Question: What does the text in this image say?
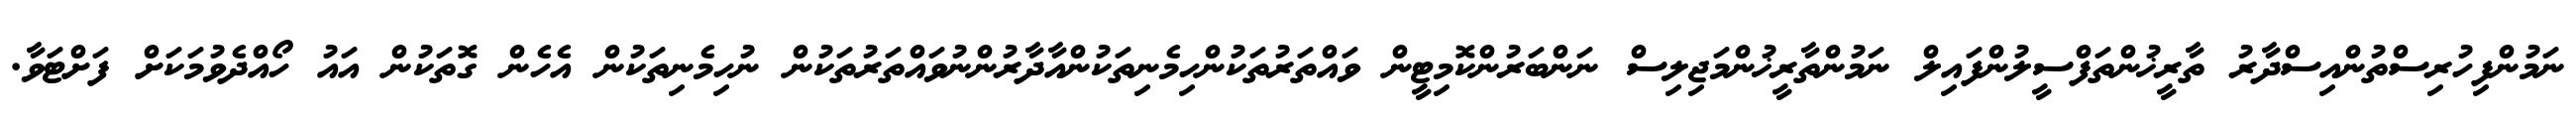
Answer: ނަމުންފިހުރިސްތުންއިސްދާރު ތާރީޚުންތަފްސީލުންފައިލް ނަމުންތާރީޚުންމަޖިލިސް ނަންބަރުންކޮމިޓީން ވައްތަރުތަކުންހިމެނިތަކުންއާދާރުންނުވައްތަރުތަކުން ނުހިމެނިތަކުން އެހެން ގޮތަކުން އައު ހޯއްދެވުމަކަށް ފަށްޓަވާ.